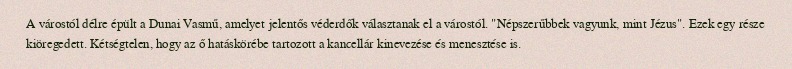
A várostól délre épült a Dunai Vasmű, amelyet jelentős véderdők választanak el a várostól. "Népszerűbbek vagyunk, mint Jézus". Ezek egy része kiöregedett. Kétségtelen, hogy az ő hatáskörébe tartozott a kancellár kinevezése és menesztése is.